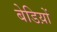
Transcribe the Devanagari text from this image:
बेडिय़ों